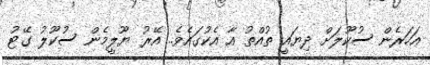
އަހަރެން ސުކޫލަށް ދިޔައީ ތުއްތު އާ އެކުގައެވެ.. އޭރު ޔޫލީމެން ސުކޫލު ގޭޓު